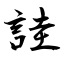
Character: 詿